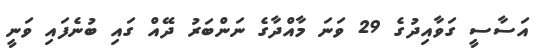
އަސާސީ ގަވާއިދުގެ 29 ވަނަ މާއްދާގެ ނަންބަރު ދޭއް ގައި ބުނެފައި ވަނީ